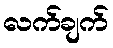
လက်ချက်